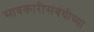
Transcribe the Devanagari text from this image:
सावकारीसंबंधीच्या